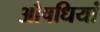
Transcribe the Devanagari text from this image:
औषधियां